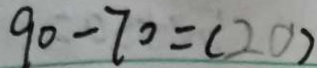
9 0 - 7 0 = ( 2 0 )